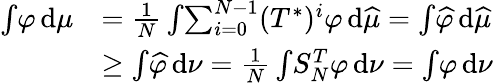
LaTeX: \begin{array}{rl}{\int\! \varphi\, \mathrm{d}\mu}&{=\frac{1}{N}\int\! \sum_{i=0}^{N-1}(T^{*})^{i}\varphi\, \mathrm{d}\widehat{\mu}=\int\! \widehat{\varphi}\, \mathrm{d}\widehat{\mu}}\\ &{\geq\int\! \widehat{\varphi}\, \mathrm{d}\nu=\frac{1}{N}\int\! S_{N}^{T}\varphi\, \mathrm{d}\nu=\int\! \varphi\, \mathrm{d}\nu}\end{array}